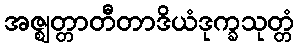
အဇ္ဈတ္တာတီတာဒိယံဒုက္ခသုတ္တံ